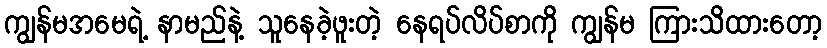
ကျွန်မအမေရဲ့ နာမည်နဲ့ သူနေခဲ့ဖူးတဲ့ နေရပ်လိပ်စာကို ကျွန်မ ကြားသိထားတော့